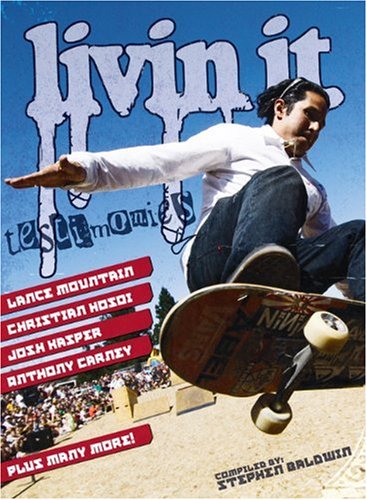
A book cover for Livin' It Testimonies; Stephen Baldwin; Teen & Young Adult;